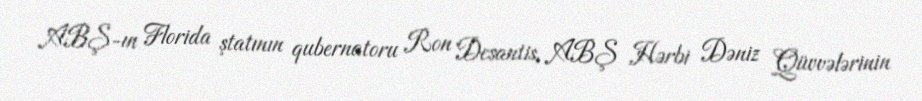
ABŞ-ın Florida ştatının qubernatoru Ron Desantis, ABŞ Hərbi Dəniz Qüvvələrinin